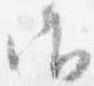
御